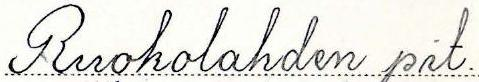
Ruokolahden pit.